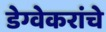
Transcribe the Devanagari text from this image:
डेग्वेकरांचे